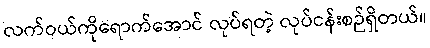
လက်ဝယ်ကိုရောက်အောင် လုပ်ရတဲ့ လုပ်ငန်းစဉ်ရှိတယ်။